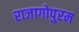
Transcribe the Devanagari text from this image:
राजागोपुरम